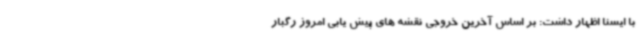
با ایسنا اظهار داشت: بر اساس آخرین خروجی نقشه های پیش یابی امروز رگبار